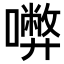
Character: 𡃇